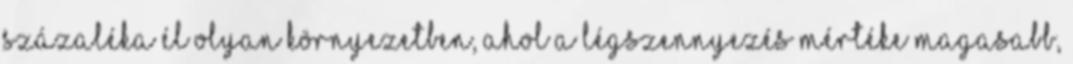
százaléka él olyan környezetben, ahol a légszennyezés mértéke magasabb,